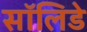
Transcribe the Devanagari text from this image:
सॉलिडे